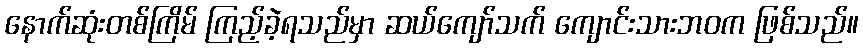
နောက်ဆုံးတစ်ကြိမ် ကြည့်ခဲ့ရသည်မှာ ဆယ်ကျော်သက် ကျောင်းသားဘဝက ဖြစ်သည်။